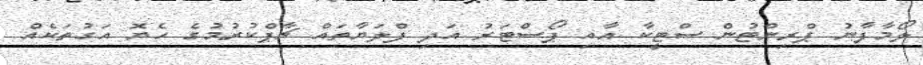
ލޯމާފާނު ޕްރިންޓުން ސްޓީކާ އާއި ޕޯސްޓަރު އަދި ފްލަޔާތައް ޗާޕްކުރުމުގެ ހެޔޮ އަގުތަކެއް